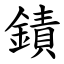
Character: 䥊